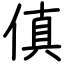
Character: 傎